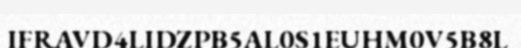
IFRAVD4LIDZPB5AL0S1EUHM0V5B8L